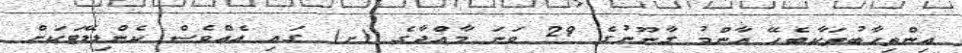
އިންތިހާބުތަކާބެހޭ އާންމު ގާނޫނުގެ 29 ވަނަ މާއްދާގެ (ށ) ގައި އެއްވެސް ކެންޑިޑޭޓަކަށް